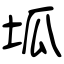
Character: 坬